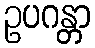
ဥပဂန္တာ